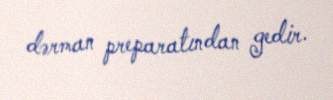
dərman preparatından gedir.